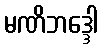
မဏိဘဒ္ဒေါ